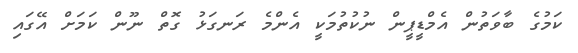
ކަމުގެ ބާވަތުން އެމްޑީޕީން ނުކުތުމަކީ އެންމެ ރަނގަޅު ގޮތް ނޫން ކަމަށް އޭގައި